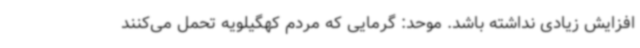
افزایش زیادی نداشته باشد. موحد: گرمایی که مردم کهگیلویه تحمل می‌کنند